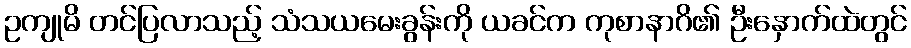
ဥကျုမိ တင်ပြလာသည့် သံသယမေးခွန်းကို ယခင်က ကုစာနာဂိ၏ ဦးနှောက်ထဲတွင်